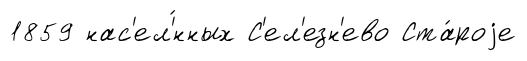
1859 нас'ел'́нных С'ел'езн'ево Ста́роjе